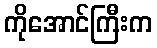
ကိုအောင်ကြီးက